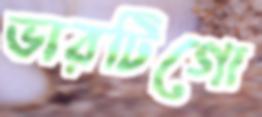
ভারটিগো